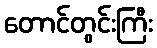
တောင်တွင်းကြီး